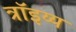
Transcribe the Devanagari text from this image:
त्रॉइय्य